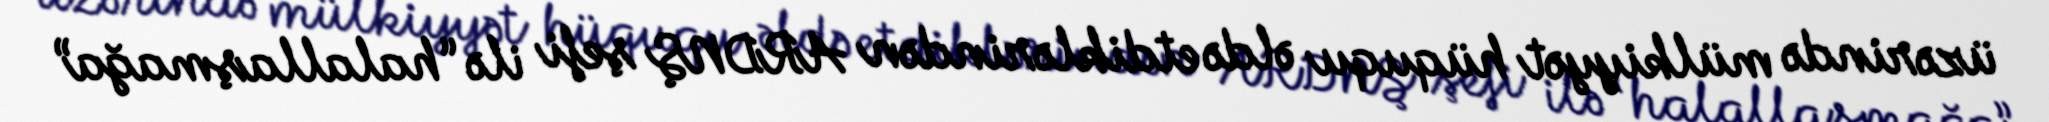
üzərində mülkiyyət hüququ əldə etdiklərindən ARDNŞ şefi ilə “halallaşmağa”